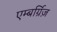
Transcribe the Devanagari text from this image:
एम्बर्ग्रिज़